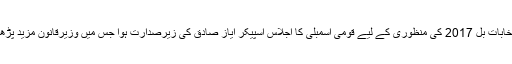
انتخابات بل 2017 کی منظوری کے لیے قومی اسمبلی کا اجلاس اسپیکر ایاز صادق کی زیرصدارت ہوا جس میں وزیرقانون مزید پڑھیں